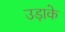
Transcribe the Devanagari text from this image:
उड़ाके